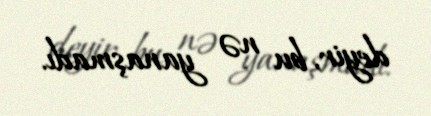
deyir, bu nə yanaşmadı.